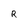
Character: R